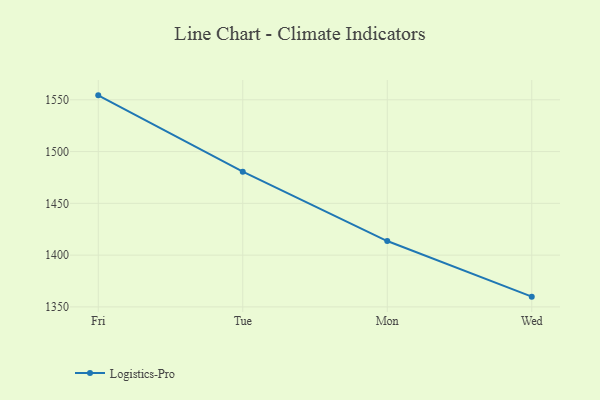
{"axis": {"x": "Day", "y": "Active Users"}, "legend": ["Logistics-Pro"], "data": [{"x": "Fri", "y": 1554.3, "type": "Logistics-Pro"}, {"x": "Tue", "y": 1480.6, "type": "Logistics-Pro"}, {"x": "Mon", "y": 1413.6, "type": "Logistics-Pro"}, {"x": "Wed", "y": 1359.9, "type": "Logistics-Pro"}]}